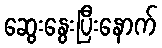
ဆွေးနွေးပြီးနောက်